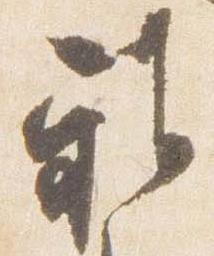
雅